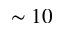
\sim 1 0